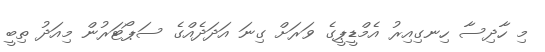
މި ހާދިސާ ހިނގިއިރު އެމްޑީޕީގެ ވަރަށް ގިނަ އަދަދެއްގެ ސަޕޯޓަރުން މިއަދު ތިބީ